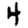
Digit: 4